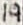
Text: 19